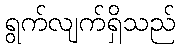
ရွက်လျက်ရှိသည်